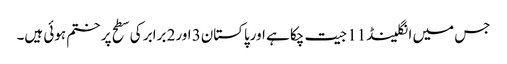
جس میں انگلینڈ11 جیت چکا ہے اورپاکستان3 اور2 برابر کی سطح پر ختم ہوئی ہیں۔